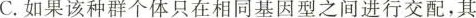
C.如果该种群个体只在相同基因型之间进行交配，其